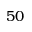
5 0